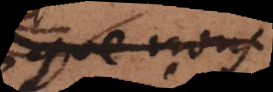
que nous